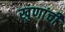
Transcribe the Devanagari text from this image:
खुणांची